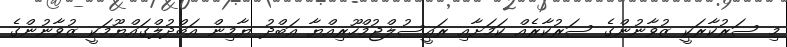
މި ސަރުކާރަކީ ޒުވާނުންގެ ސަރުކާރެއް ކަމަށާއި ރައީސުލްޖުމްހޫރިއްޔާ އަބްދު ޔާމިން އަބްދުލްގައްޔޫމަކީ ޒުވާނުންގެ